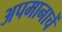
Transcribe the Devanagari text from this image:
अपमानाचें